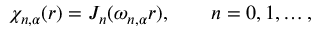
\chi _ { n , \alpha } ( r ) = J _ { n } ( \omega _ { n , \alpha } r ) , \qquad n = 0 , 1 , \ldots ,